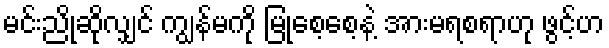
မင်းညိုဆိုလျှင် ကျွန်မကို မြုံစေ့စေ့နဲ့ အားမရစရာဟု ဖွင့်ဟ